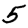
Digit: 5